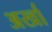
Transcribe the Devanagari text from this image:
अर्खा